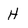
Character: H